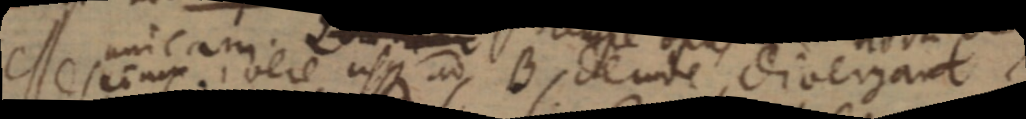
esse unicam. vere usque ad B, de unde divergant